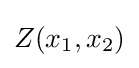
Z(x_{1},x_{2})